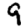
Digit: 9